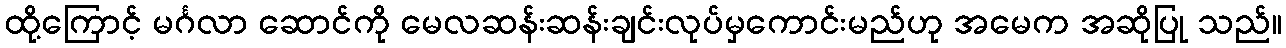
ထို့ကြောင့် မင်္ဂလာ ဆောင်ကို မေလဆန်းဆန်းချင်းလုပ်မှကောင်းမည်ဟု အမေက အဆိုပြု သည်။